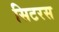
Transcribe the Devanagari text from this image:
सिटरस